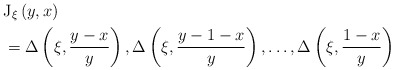
\begin{align*}&{{\operatorname{J}}_{\xi }}\left( y,x \right)\\&=\Delta \left( \xi ,\frac{y-x}{y} \right),\Delta \left( \xi ,\frac{y-1-x}{y} \right),\ldots ,\Delta \left( \xi ,\frac{1-x}{y} \right)\end{align*}